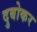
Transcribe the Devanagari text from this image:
दुबोकर